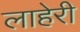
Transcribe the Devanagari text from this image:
लाहेरी